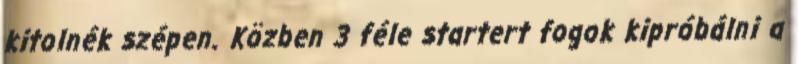
kitolnék szépen. Közben 3 féle startert fogok kipróbálni a